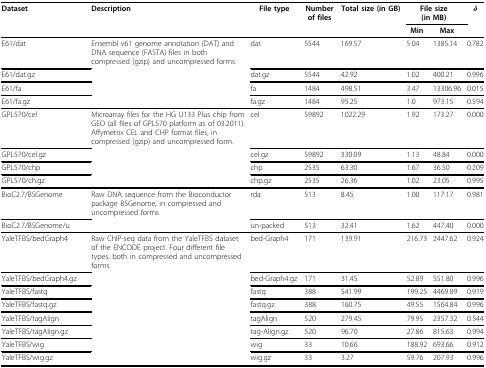
<table><thead><tr><td><b>Dataset</b></td><td><b>Description</b></td><td><b>File type</b></td><td><b>Number of files</b></td><td><b>Total size (in GB)</b></td><td colspan="2"><b>File size (in MB)</b></td><td><b><i>δ</i></b></td></tr><tr><td></td><td></td><td></td><td></td><td></td><td><b>Min</b></td><td><b>Max</b></td><td></td></tr></thead><tbody><tr><td>E61/dat</td><td>Ensembl v61 genome annotation (DAT) and DNA sequence (FASTA) files in both compressed (gzip) and uncompressed forms.</td><td>dat</td><td>5544</td><td>169.57</td><td>5.04</td><td>1385.14</td><td>0.782</td></tr><tr><td>E61/dat.gz</td><td></td><td>dat.gz</td><td>5544</td><td>42.92</td><td>1.02</td><td>400.21</td><td>0.996</td></tr><tr><td>E61/fa</td><td></td><td>fa</td><td>1484</td><td>498.51</td><td>3.47</td><td>13306.96</td><td>0.015</td></tr><tr><td>E61/fa.gz</td><td></td><td>fa.gz</td><td>1484</td><td>95.25</td><td>1.0</td><td>973.15</td><td>0.594</td></tr><tr><td>GPL570/cel</td><td>Microarray files for the HG U133 Plus chip from GEO (all files of GPL570 platform as of 03.2011). Affymetrix CEL and CHP format files, in compressed (gzip) and uncompressed form.</td><td>cel</td><td>59892</td><td>1022.29</td><td>1.92</td><td>173.27</td><td>0.000</td></tr><tr><td>GPL570/cel.gz</td><td></td><td>cel.gz</td><td>59892</td><td>330.09</td><td>1.13</td><td>48.84</td><td>0.000</td></tr><tr><td>GPL570/chp</td><td></td><td>chp</td><td>2535</td><td>63.30</td><td>1.67</td><td>36.50</td><td>0.209</td></tr><tr><td>GPL570/ch.gz</td><td></td><td>chp.gz</td><td>2535</td><td>26.36</td><td>1.02</td><td>23.05</td><td>0.995</td></tr><tr><td>BioC2.7/BSGenome</td><td>Raw DNA sequence from the Bioconductor package BSGenome, in compressed and uncompressed forms</td><td>rda</td><td>513</td><td>8.45</td><td>1.00</td><td>117.17</td><td>0.981</td></tr><tr><td>BioC2.7/BSGenome/u</td><td></td><td>un-packed</td><td>513</td><td>32.41</td><td>1.62</td><td>447.40</td><td>0.000</td></tr><tr><td>YaleTFBS/bedGraph4</td><td>Raw ChIP-seq data from the YaleTFBS dataset of the ENCODE project. Four different file types, both in compressed and uncompressed forms.</td><td>bed-Graph4</td><td>171</td><td>139.91</td><td>216.73</td><td>2447.62</td><td>0.924</td></tr><tr><td>YaleTFBS/bedGraph4.gz</td><td></td><td>bed-Graph4.gz</td><td>171</td><td>31.45</td><td>52.89</td><td>551.80</td><td>0.996</td></tr><tr><td>YaleTFBS/fastq</td><td></td><td>fastq</td><td>388</td><td>541.99</td><td>199.25</td><td>4469.89</td><td>0.919</td></tr><tr><td>YaleTFBS/fastq.gz</td><td></td><td>fastq.gz</td><td>388</td><td>160.75</td><td>49.55</td><td>1564.84</td><td>0.996</td></tr><tr><td>YaleTFBS/tagAlign</td><td></td><td>tagAlign</td><td>520</td><td>279.45</td><td>79.95</td><td>2357.32</td><td>0.544</td></tr><tr><td>YaleTFBS/tagAlign.gz</td><td></td><td>tag-Align.gz</td><td>520</td><td>96.70</td><td>27.86</td><td>815.63</td><td>0.994</td></tr><tr><td>YaleTFBS/wig</td><td></td><td>wig</td><td>33</td><td>10.66</td><td>188.92</td><td>693.66</td><td>0.912</td></tr><tr><td>YaleTFBS/wig.gz</td><td></td><td>wig.gz</td><td>33</td><td>3.27</td><td>59.76</td><td>207.93</td><td>0.996</td></tr></tbody></table>